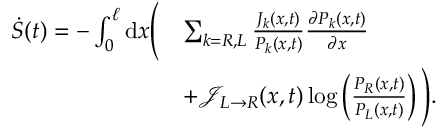
\begin{array} { r l } { \dot { S } ( t ) = - \int _ { 0 } ^ { \ell } \mathrm { d } x \Bigg ( } & { \sum _ { k = R , L } \frac { J _ { k } ( x , t ) } { P _ { k } ( x , t ) } \frac { \partial P _ { k } ( x , t ) } { \partial x } } \\ & { + \mathcal { J } _ { L \rightarrow R } ( x , t ) \log \left( \frac { P _ { R } ( x , t ) } { P _ { L } ( x , t ) } \right) \Bigg ) . } \end{array}